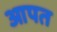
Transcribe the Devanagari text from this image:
आपत